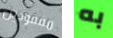
مفقودين به